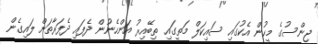
ޖިންސުގެ މީހުން އެކުގައި ސައިކަލް މަތީގައި ތިބޭއިރު އަންހެނުން ދެފައި ދެފަރާތަށް ލައިގެން